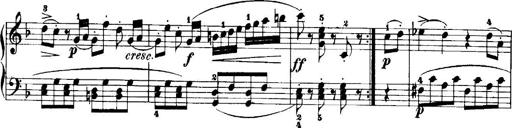
Title: 7 Sonatinas
Composer: Anton Diabelli